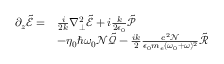
\begin{array} { r l } { \partial _ { z } \tilde { \mathcal { E } } = } & { \frac { i } { 2 k } \nabla _ { \perp } ^ { 2 } \tilde { \mathcal { E } } + i \frac { k } { 2 \epsilon _ { 0 } } \tilde { \mathcal { P } } } \\ & { - \eta _ { 0 } \hbar \omega _ { 0 } \mathcal { N } \tilde { \mathcal { Q } } - \frac { i k } { 2 } \frac { e ^ { 2 } \mathcal { N } } { \epsilon _ { 0 } m _ { e } ( \omega _ { 0 } + \omega ) ^ { 2 } } \tilde { \mathcal { R } } } \end{array}